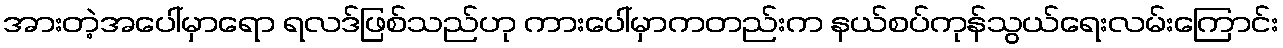
အားတဲ့အပေါ်မှာရော ရလဒ်ဖြစ်သည်ဟု ကားပေါ်မှာကတည်းက နယ်စပ်ကုန်သွယ်ရေးလမ်းကြောင်း